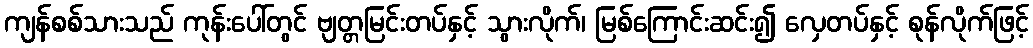
ကျန်စစ်သားသည် ကုန်းပေါ်တွင် ဗျတ္တမြင်းတပ်နှင့် သွားလိုက်၊ မြစ်ကြောင်းဆင်း၍ လှေတပ်နှင့် စုန်လိုက်ဖြင့်